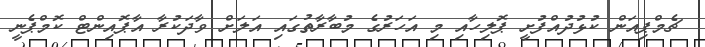
ޗެމްޕިއަން ކުޅުދުއްފުށީ ޕޮލިހާއި މި އަހަރުގެ މުބާރާތުގައި އަލަށް ވާދަކުރާ އާޕޮއިންޓް ކޮމްޕެނީ